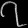
Digit: ၇